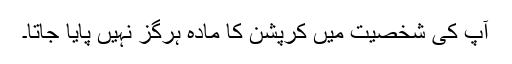
آپ کی شخصیت میں کرپشن کا مادّہ ہرگز نہیں پایا جاتا۔